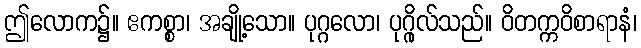
ဤလောက၌။ ဧကစ္စာ၊ အချို့သော။ ပုဂ္ဂလော၊ ပုဂ္ဂိုလ်သည်။ ဝိတက္ကဝိစာရာနံ၊